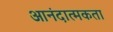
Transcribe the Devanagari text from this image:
आनंदात्मकता